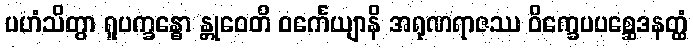
ပဟံသိတွာ ရူပက္ခန္ဓော န္တုဝေတိ ဝင်္ကေယျာနိ အရုဏရာဇဿ ဝိက္ခေပပစ္ဆေဒနတ္ထံ